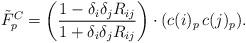
LaTeX: \begin{align*} \tilde{F}^C_p = \left(\frac{1-\delta_i\delta_j R_{ij}}{1+\delta_i\delta_j R_{ij}}\right) \cdot (c(i)_p \,c(j)_p).\end{align*}